Annual report on the working of the lock hospitals in the Central Provinces
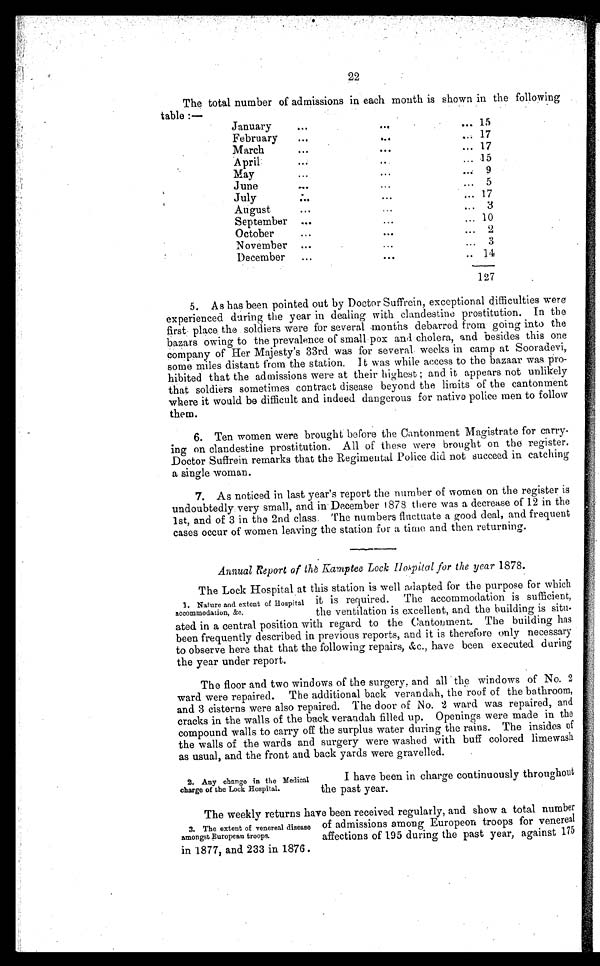
22
The total number of admissions in each mouth is shown in the following
table :—
January
•••
...
.•• 15
February
•••
..•
... 17
March
•••
•••
... 17
April
...
..•
... 15
May
•••
•.•
... 9
June
...
. . .
... 5
July
. . .
. . .
... 17
August
...
...
... 3
September
...
...
... 10
October
..•
•••
... 2
November
...
...
... 3
December
...
•••
. . . 1 4
127
5. As has been pointed out by Doctor Suffrein, exceptional difficulties were
experienced during the year in dealing with clandestine prostitution. In the
first place the soldiers were for several months debarred from going into the
bazars owing to the prevalence of small pox and cholera, and besides this one
company of Her Majesty's 33rd was for several weeks in camp at Sooradevi,
some miles distant from the station. It was while access to the bazaar was pro-
hibited that the admissions were at their highest ; and it appears not unlikely
that soldiers sometimes contract disease beyond the limits of the cantonment
where it would be difficult and indeed dangerous for native police men to follow
them.
6. Ten women were brought before the Cantonment Magistrate for carry-
ing on clandestine prostitution. All of these were brought on the register.
Doctor Suffrein remarks that the Regimental Police did not succeed in catching
a single woman.
7. As noticed in last year's report the number of women on the register is
undoubtedly very small, and in December 1878 there was a decrease of 12 in the
1st, and of 3 in the 2nd class. The numbers fluctuate a good deal, and frequent
cases occur of women leaving the station for a time and then returning.
Annual Report of the Kamptee Lock Hospital for the year 1878.
The Lock Hospital at this station is well adapted for the purpose for which
it is required. The accommodation is sufficient,
the ventilation is excellent, and the building is situ
-ated in a central position with regard to the Cantonment. The building has
been frequently described in previous reports, and it is therefore only necessary
to observe here that that the following repairs, &c., have been executed during
the year under report.
The floor and two windows of the surgery. and all the windows of No. 2
ward were repaired. The additional back verandah, the roof of the bathroom,
and 3 cisterns were also repaired. The door of No. 2 ward was repaired, and
cracks in the walls of the back verandah filled up. Openings were made in the
compound walls to carry off the surplus water during the rains. The insides of
the walls of the wards and surgery were washed with buff colored limewash
as usual, and the front and. back yards were gravelled.
1. Nature and extent of Hospital
accommodation, &c,
2. Any change in the Medical
charge of the Lock Hospital.
I have been in charge continuously throughout
the past year.
The weekly returns have been received regularly, and show a total number
of admissions among Europeon troops for venereal
affections of 195 during the past year, against 175
in 1877, and 233 in 1876.
3. The extent of venereal disease
amongst European troops.